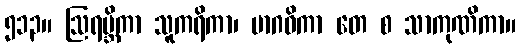
၅၁၃။ ဩရဗ္ဘိကာ သူကရိကာ၊ မာဂဝိကာ တေ စ သာကုဏိကာ။